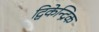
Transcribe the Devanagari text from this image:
द्विकेन्द्रिक